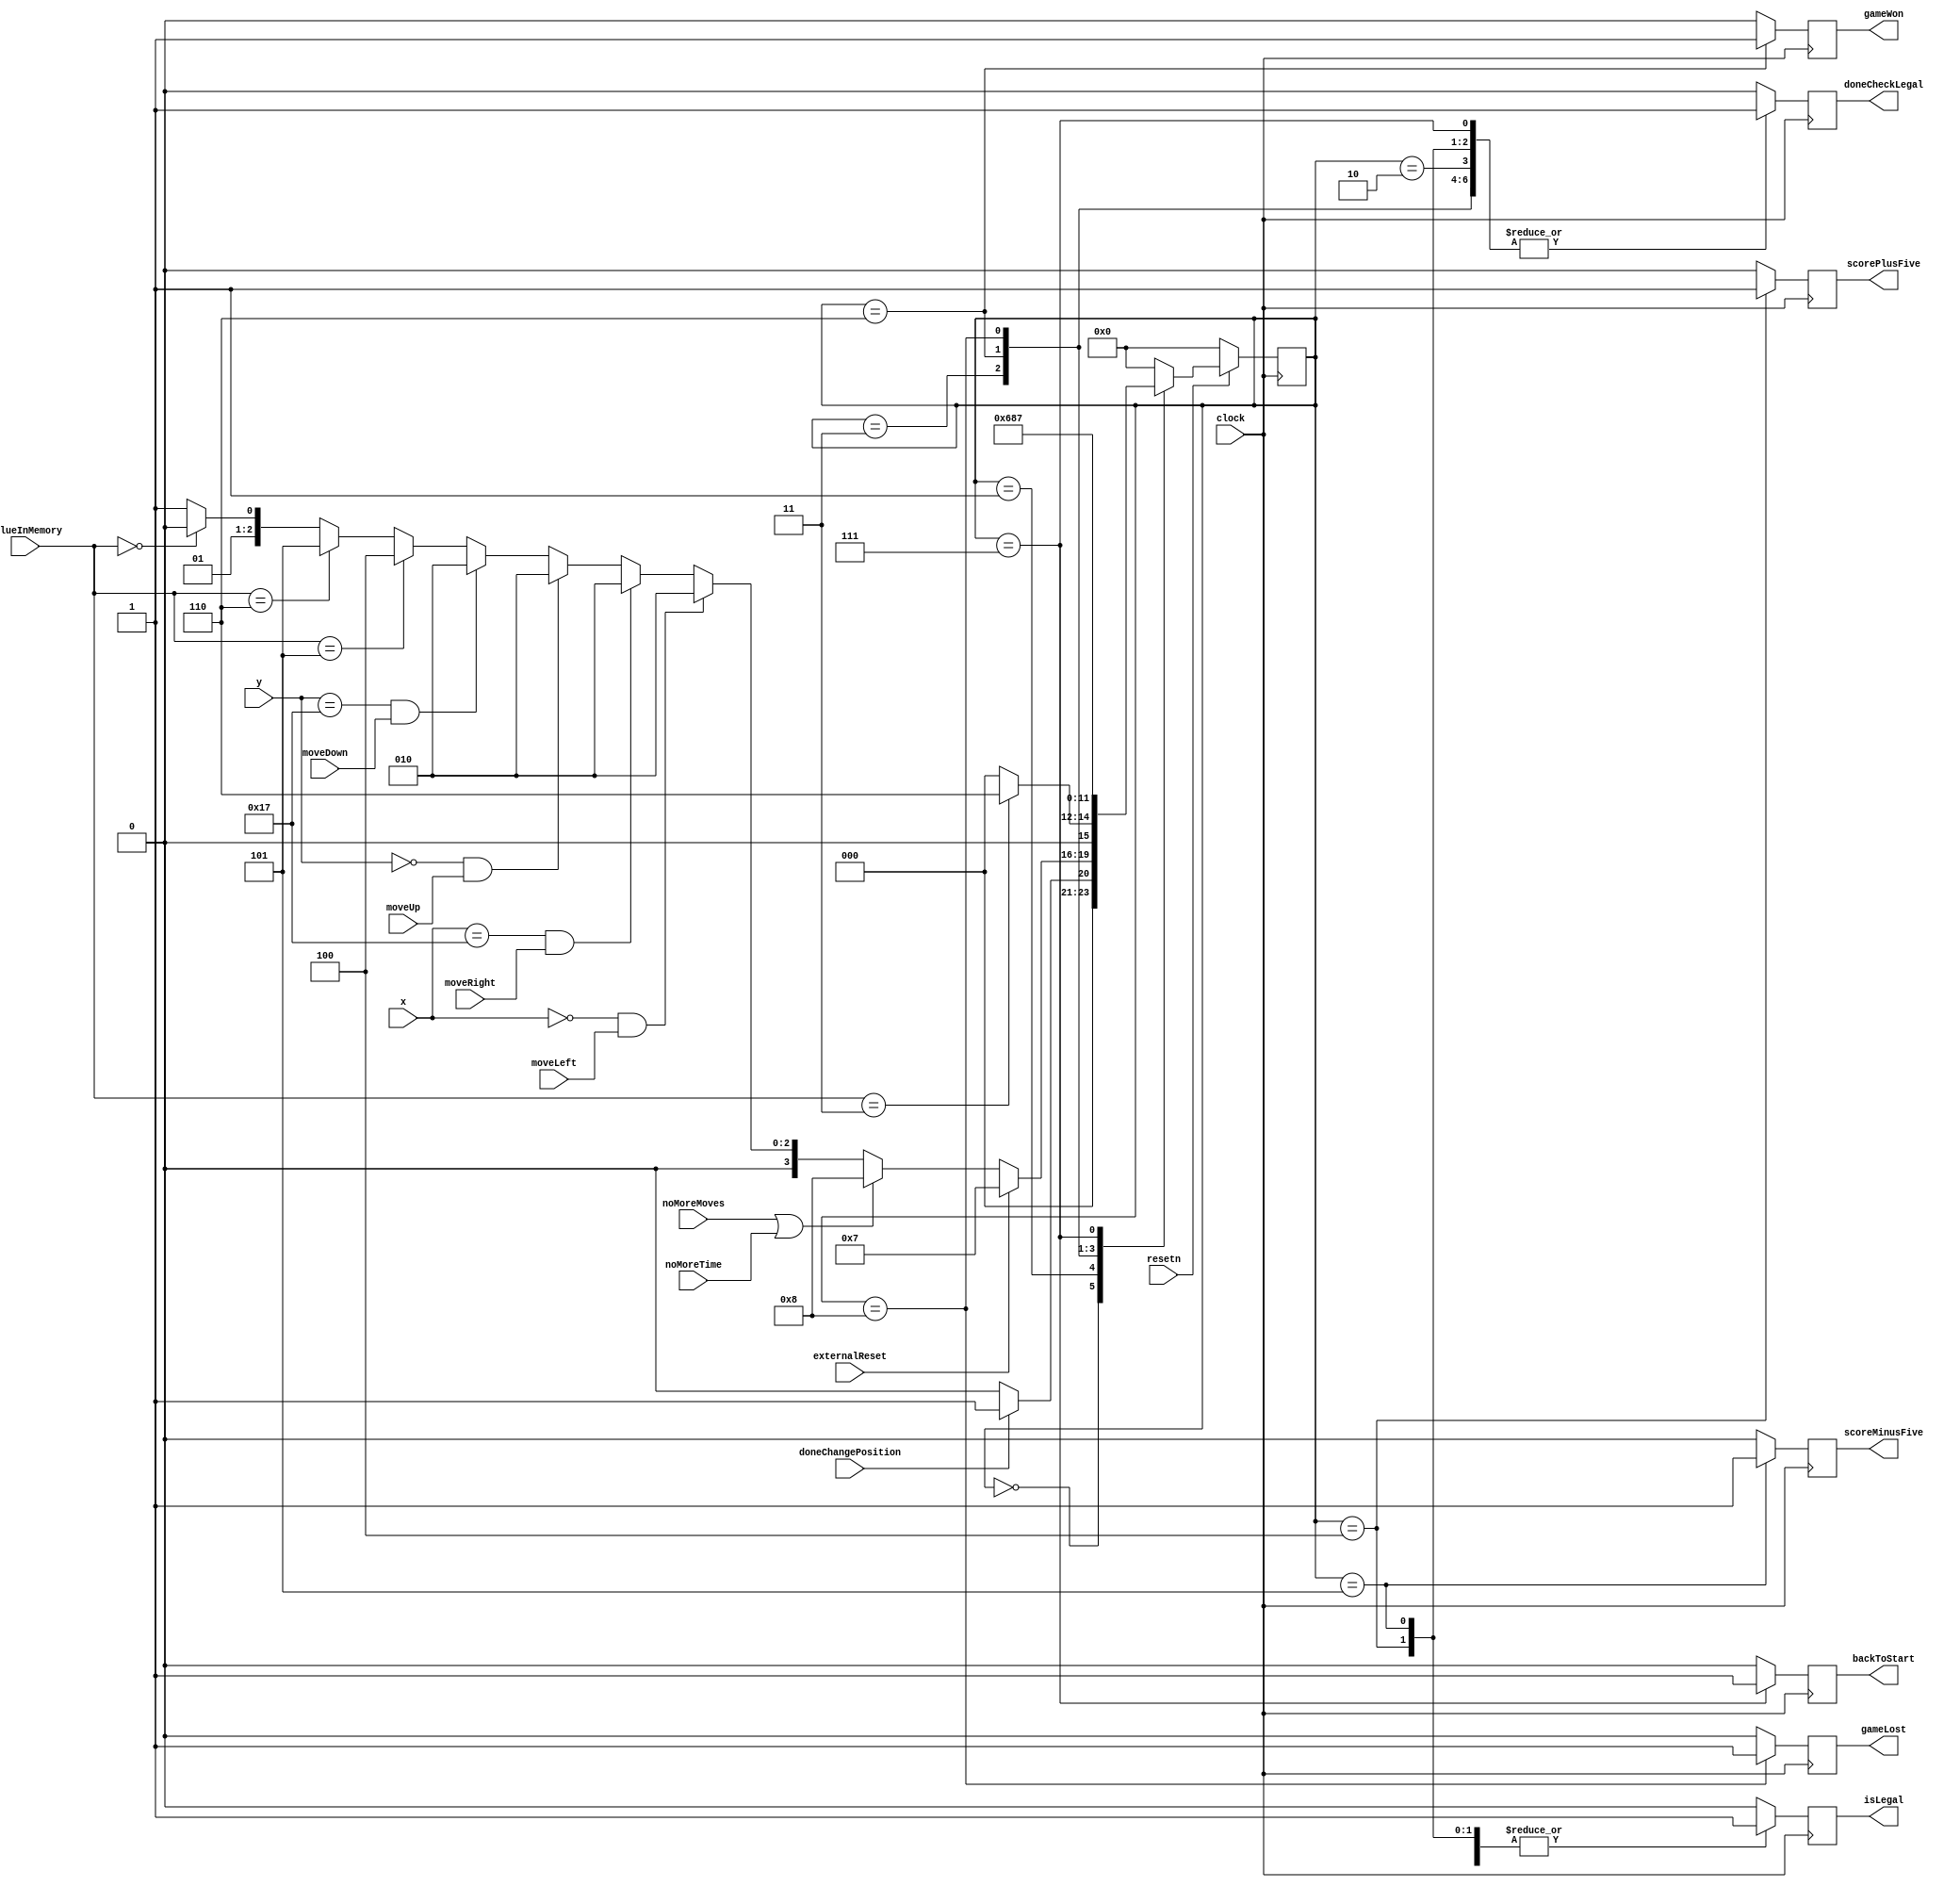
module legalControl(
	input clock,
	input resetn,
	input doneChangePosition,
	input [2:0] valueInMemory,
	input [4:0] x,
	input [4:0] y,
	input moveLeft, moveRight, moveUp, moveDown,
	input externalReset, 
	input noMoreMoves, noMoreTime,
	output reg doneCheckLegal,
	output reg isLegal,
	output reg gameWon, gameLost, backToStart,
	output reg scorePlusFive, scoreMinusFive
	);
	
	localparam AVAILABLE = 4'h1,
				OCCUPIED = 4'h0,
				START = 4'h2,
				END = 4'h3,
				YOUR_POSITION = 4'h4,
				PLUS_FIVE = 4'h5,
				MINUS_FIVE = 4'h6;
					
	reg [3:0] currentState, nextState;
	
	localparam IDLE = 4'b0000,
				CHECK_MEMORY = 4'b0001,
				NOT_LEGAL = 4'b0010,
				LEGAL = 4'b0011,
				ADD_FIVE_TO_SCORE = 4'b0100,
				MINUS_FIVE_FROM_SCORE = 4'b0101,
				WON = 4'b0110,
				GAME_OVER = 4'b0111,
				LOST = 4'b1000;
				
	localparam  TOP = 5'b00000,
					LEFT = 5'b00000,
					RIGHT = 5'b10111,
					BOTTOM = 5'b10111;
	
	//next state logic
	always @ (*) 
	begin: state_table
		case(currentState)
			IDLE: nextState = doneChangePosition ? CHECK_MEMORY : IDLE;
			
			CHECK_MEMORY: begin
				if(externalReset)
					nextState = GAME_OVER;
				else if(noMoreMoves | noMoreTime) 
					nextState = LOST;
				else if(x == LEFT && moveLeft)
					nextState = NOT_LEGAL;
				else if(x == RIGHT && moveRight)
					nextState = NOT_LEGAL;
				else if(y == TOP && moveUp)
					nextState = NOT_LEGAL;
				else if(y == BOTTOM && moveDown)
					nextState = NOT_LEGAL;
				else if(valueInMemory == PLUS_FIVE)
					nextState = ADD_FIVE_TO_SCORE;
				else if(valueInMemory == MINUS_FIVE)
					nextState = MINUS_FIVE_FROM_SCORE;
				else if(valueInMemory == OCCUPIED)
					nextState = NOT_LEGAL;
				else
					nextState = LEGAL;
			end
			
			NOT_LEGAL: nextState = IDLE;
			
			LEGAL: begin
				if(valueInMemory == END)
					nextState = WON;
				else
					nextState = IDLE;
			end
			
			ADD_FIVE_TO_SCORE: nextState = IDLE;
			
			MINUS_FIVE_FROM_SCORE: nextState = IDLE;
			
			WON: nextState = resetn ? WON : IDLE;
			
			LOST: nextState = resetn ? LOST : IDLE;
			
			GAME_OVER : nextState = resetn ? GAME_OVER : IDLE;
			
			default: nextState = IDLE;
		endcase
	end

	//datapath control signals
	always @ (posedge clock)
	begin
		doneCheckLegal = 1'b0;
		isLegal = 1'b0;
		gameWon = 1'b0;
		gameLost = 1'b0;
		scorePlusFive = 1'b0;
		scoreMinusFive = 1'b0;
		backToStart = 1'b0;
		
		case(currentState)
		
			IDLE: doneCheckLegal <= 1'b0;
			
			CHECK_MEMORY: doneCheckLegal <= 1'b0;
			
			LEGAL: begin
				doneCheckLegal <= 1'b1;
				isLegal <= 1'b1;
			end
			
			NOT_LEGAL: begin
				doneCheckLegal <= 1'b1;
				isLegal <= 1'b0;
			end
			
			ADD_FIVE_TO_SCORE: begin
				doneCheckLegal <= 1'b1;
				isLegal <= 1'b1;
				scorePlusFive <= 1'b1;
			end
			
			MINUS_FIVE_FROM_SCORE: begin
				doneCheckLegal <= 1'b1;
				isLegal <= 1'b1;
				scoreMinusFive <= 1'b1;
			end
			
			WON: begin
				doneCheckLegal <= 1'b1;
				isLegal <= 1'b1;
				gameWon <= 1'b1;
			end
			
			LOST: begin	
				doneCheckLegal <= 1'b1;
				isLegal <= 1'b0;
				gameLost <= 1'b1;
			end
			
			GAME_OVER: begin
				doneCheckLegal <= 1'b1;
				backToStart <= 1'b1;
				isLegal <= 1'b0;
			end
			
			
		endcase
	end
	
	//current state registers
	always @ (posedge clock)
	begin: state_FFs
		if(!resetn)
			currentState <= IDLE;
		else
			currentState <= nextState;
	end
	
endmodule